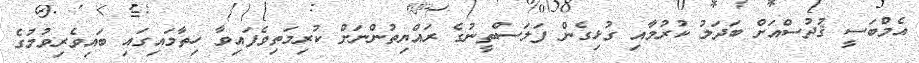
އެމްބަސީ ޤުދުސްއަށް ބަދަލު ކުރުމާއި ގުޅިގެން ފަލަސްތީނުގެ ރައްޔިތުންނަށް ކުރިމަތިވެފައިވާ ހިތާމައިގައި ބައިވެރިވުމުގެ